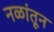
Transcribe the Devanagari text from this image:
नळांतून